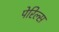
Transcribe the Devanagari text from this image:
पेरिल्स